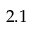
2 . 1